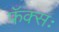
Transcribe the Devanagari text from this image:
फॅक्सः